Snake-venoms in relation to hæmolysis - Number 17
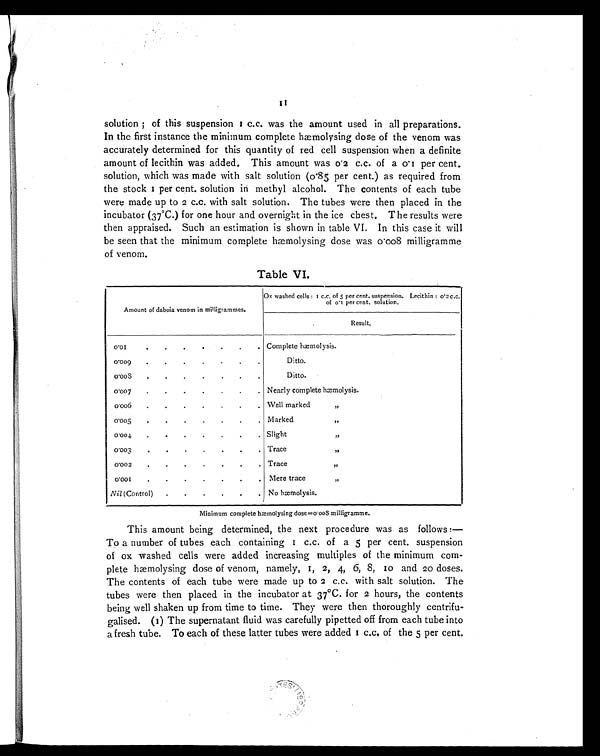
11
solution ; of this suspension 1 c.c. was the amount used in all preparations.
In the first instance the minimum complete hæmolysing dose of the venom was
accurately determined for this quantity of red cell suspension when a definite
amount of lecithin was added. This amount was 0.2 c.c. of a 0.1 per cent.
solution, which was made with salt solution (0.85 per cent.) as required from
t h e s t o c k 1 p e r c e n t . s o l u t i o n i n me t h y l a l c o h o l . T h e c o n t e n t s o f e a c h t u b e
were made up to 2 c.c. with salt solution. The tubes were then placed in the
incubator (37°C.) for one hour and overnight in the ice chest. The results were
then appraised. Such an estimation is shown in table VI. In this case it will
be seen that the minimum complete hæmolysing dose was 0.008 milligramme
of venom.
Table VI.
Amount of daboia venom in milligrammes.
Ox washed cells : 1c . c . o f 5 p e r c e n t . s u s p e n s i o n . L e c i t h i n :0
' 2
c . c .
of 0.1 per cent. solution.
Result.
0 . 0 1
.
.
.
.
.
.
. Complete hæmolysis.
0 . 0 0 9
.
.
.
.
.
.
.
Ditto.
0 . 0 0 8
.
.
.
.
.
.
.
Ditto.
0 . 0 0 7
.
.
.
.
.
.
.
Nearly complete hæmolysis.
0 . 0 0 6
.
.
.
.
.
.
. Well marked
”
0 . 0 0 5
.
.
.
.
.
. . Marked
”
0 . 0 0 4
.
.
.
.
.
. . Slight
”
0 . 0 0 3
.
.
.
.
.
.
. Trace
”
0.002
.
.
.
.
.
.
. Trace
”
0 . 0 0 1
.
.
.
.
.
.
.
Mere trace
”
Nil (Control)
.
.
.
.
.
.
No hæmolysis.
Minimum complete hæmolysing dose=0.008 milligramme.
This amount being determined, the next procedure was as follows :—
To a number of tubes each containing 1 c.c. of a 5 per cent. suspension
of ox washed cells were added increasing multiples of the minimum com-
plete hæmolysing dose of venom, namely, 1, 2 , 4, 6, 8, 10 and 20 doses.
The contents of each tube were made up to 2 c.c. with salt solution. The
tubes were then placed in the incubator at 37°C. for 2 hours, the contents
being well shaken up from time to time. They were then thoroughly centrifu-
galised. (1) The supernatant fluid was carefully pipetted off from each tube into
a fresh tube. To each of these latter tubes were added 1 c.c. of the 5p e r c e n t .